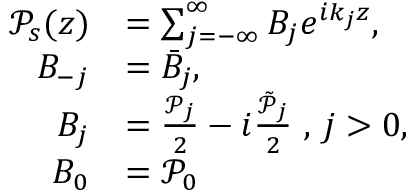
\begin{array} { r l } { \mathcal { P } _ { s } ( z ) } & { = \sum _ { j = - \infty } ^ { \infty } B _ { j } e ^ { i k _ { j } z } , } \\ { B _ { - j } } & { = \bar { B } _ { j } , } \\ { B _ { j } } & { = \frac { \mathcal { P } _ { j } } { 2 } - i \frac { \tilde { \mathcal { P } } _ { j } } { 2 } \mathrm { ~ , ~ } j > 0 , } \\ { B _ { 0 } } & { = \mathcal { P } _ { 0 } } \end{array}